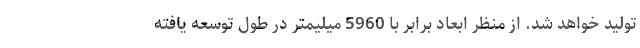
تولید خواهد شد. از منظر ابعاد برابر با 5960 میلیمتر در طول توسعه یافته